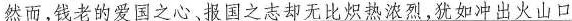
然而，钱老的爱国之心，报国之志却无比炽热浓烈，犹如冲出火山口